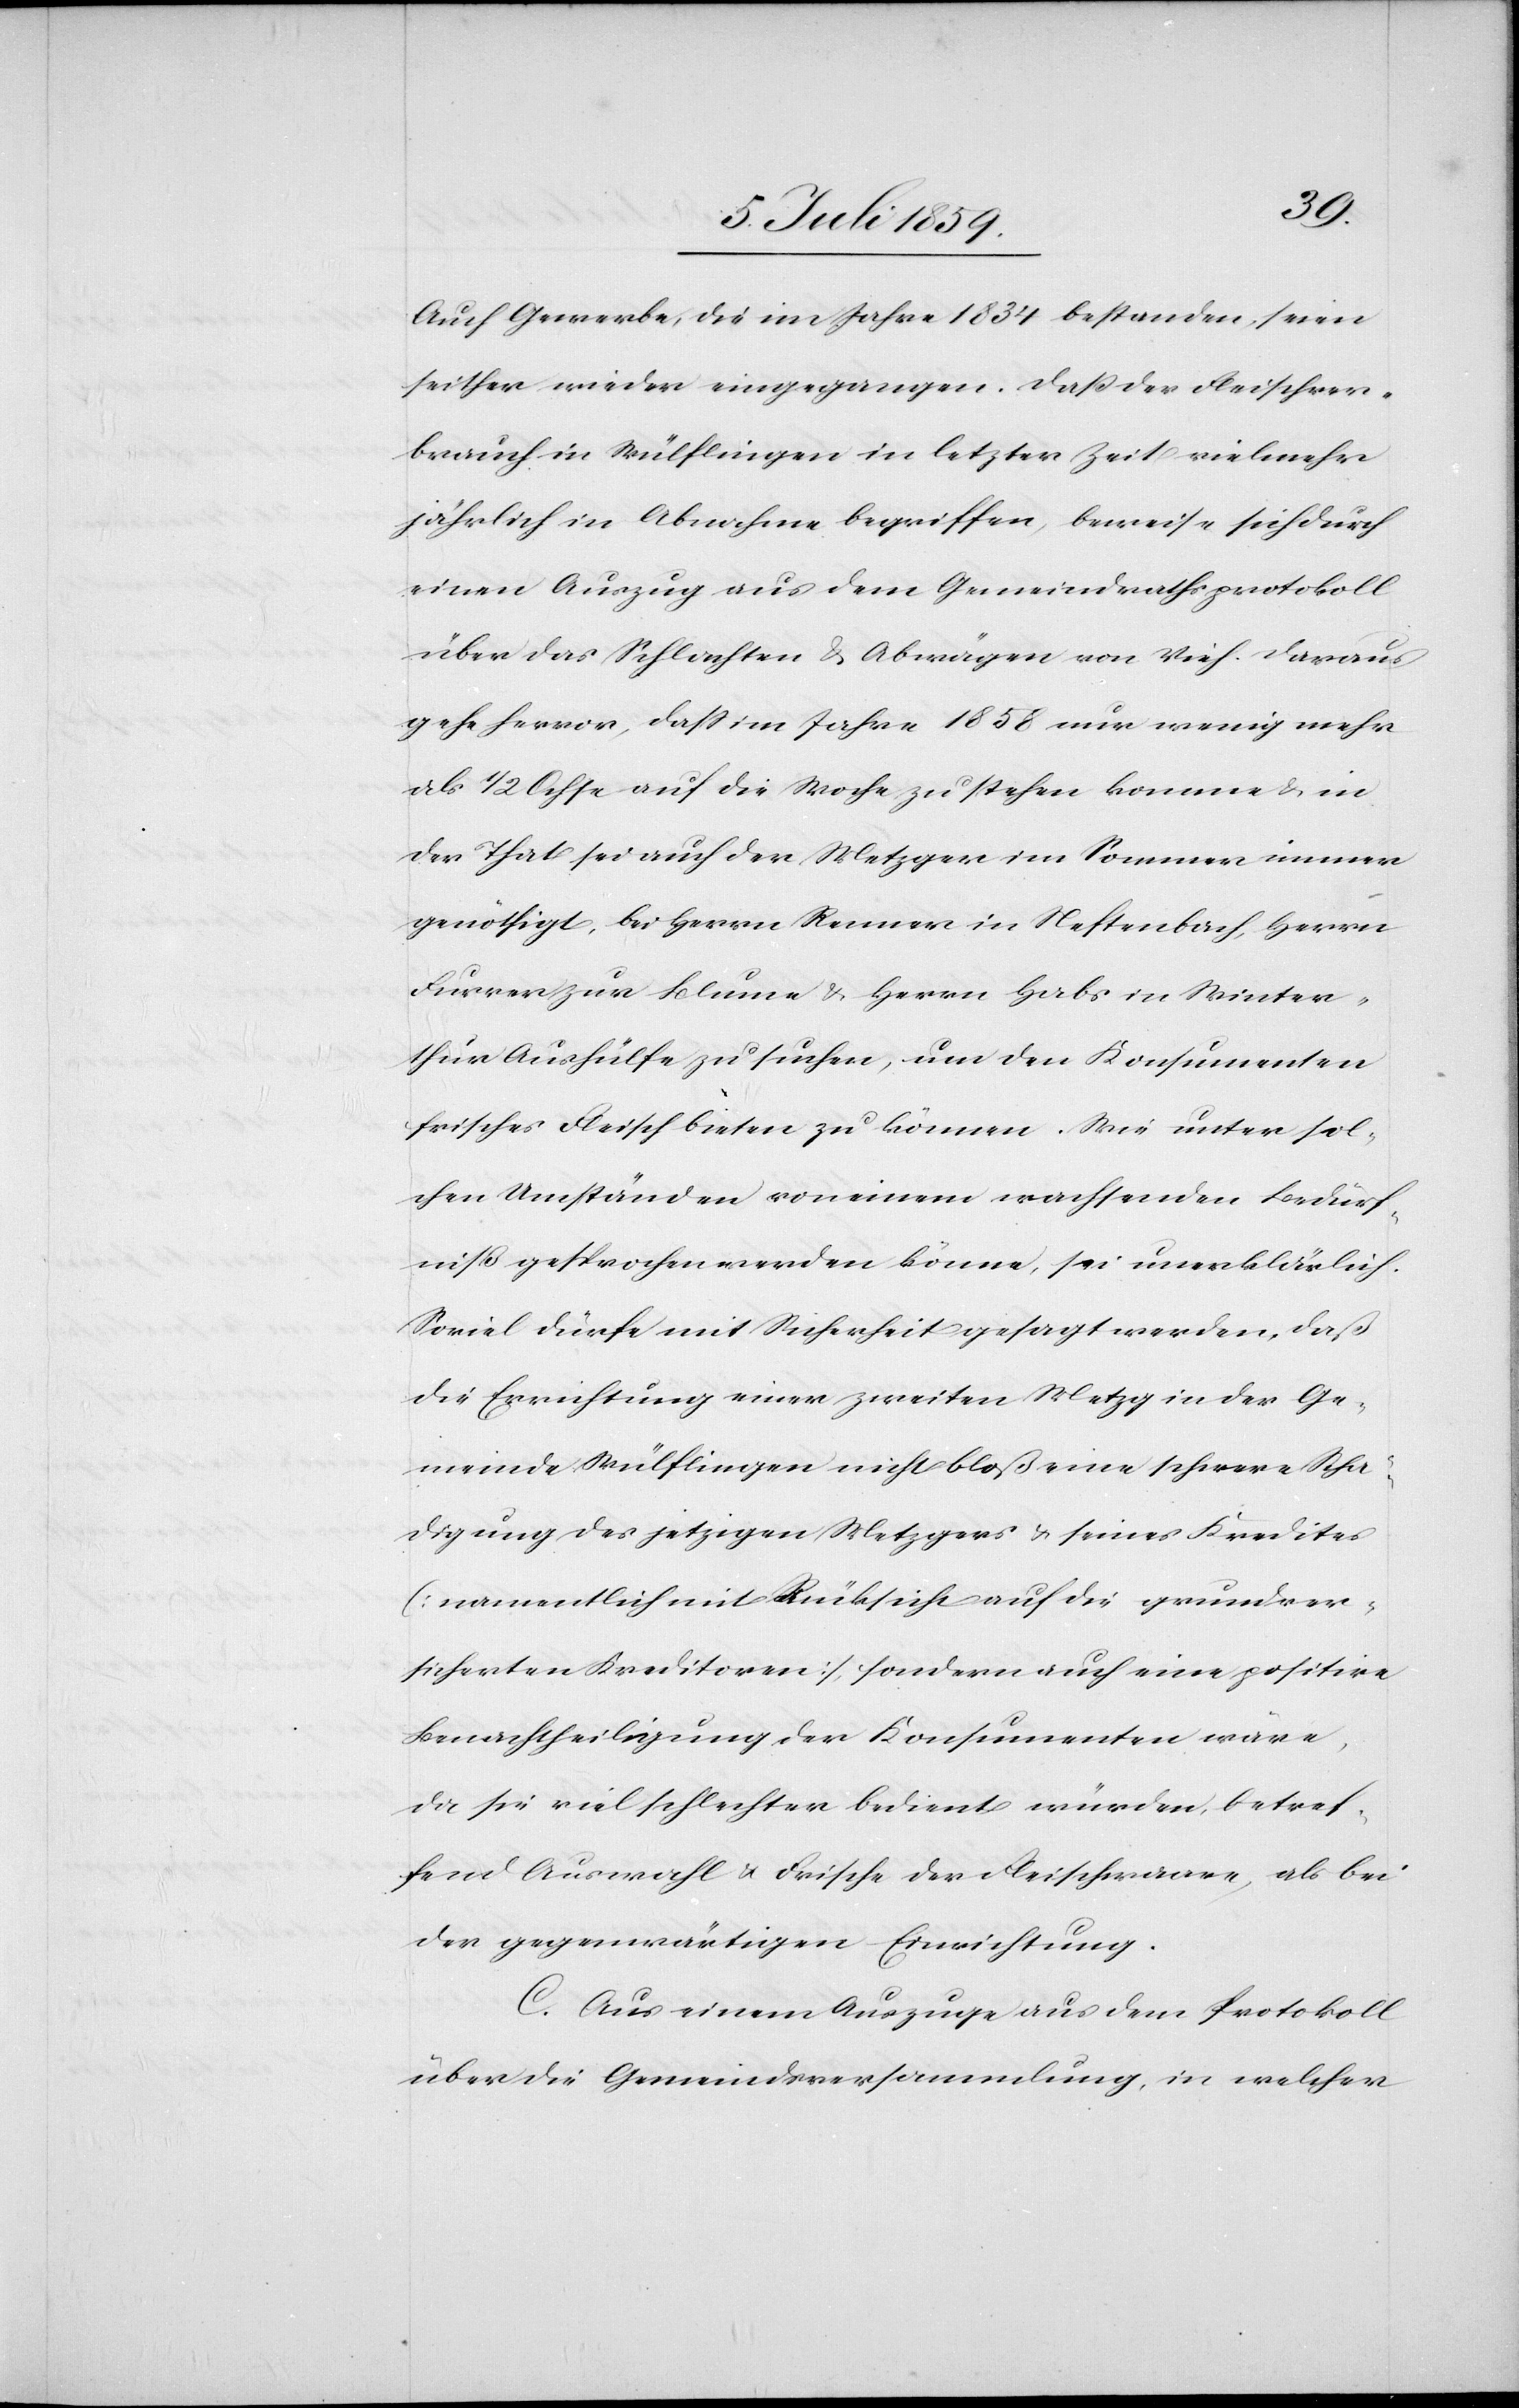
Auch Gewerbe, die im Jahre 1834 bestanden, seien
seither wieder eingegangen. Daß der Fleischver¬
brauch in Wülflingen in letzter Zeit vielmehr
jährlich in Abnahme begriffen, beweise sich durch
einen Auszug aus dem Gemeindrathsprotokoll
über das Schlachten u. Abwägen von Vieh. Daraus
gehe hervor, daß im Jahre 1858 nur wenig mehr
als 1/2 Ochse auf die Woche zu stehen komme u. in
der That sei auch der Metzger im Sommer immer
genöthigt, bei Herrn Renner in Neftenbach, Herrn
Furrer zur Blume u. Herrn Habs in Winter¬
thur Aushülfe zu suchen, um den Konsumenten
frisches Fleisch bieten zu können. Wie unter sol¬
chen Umständen von einem wachsenden Bedürf¬
niß gesprochen werden könne, sei unerklärlich.
Soviel dürfe mit Sicherheit gesagt werden, daß
die Errichtung einer zweiten Metzg in der Ge¬
meinde Wülflingen nicht bloß eine schwere Schä¬
digung des jetztigen Metzgers u. seines Kredites
[namentlich mit Rücksicht auf die grundver¬
sicherten Kreditoren], sondern auch eine positive
Benachtheiligung der Konsumenten wäre,
da sie viel schlechter bedient würden, betref¬
fend Auswahl u. Frische der Fleischwaare, als bei
der gegenwärtigen Einrichtung.
C. Aus einem Auszuge aus dem Protokoll
über die Gemeindsversammlung, in welcher